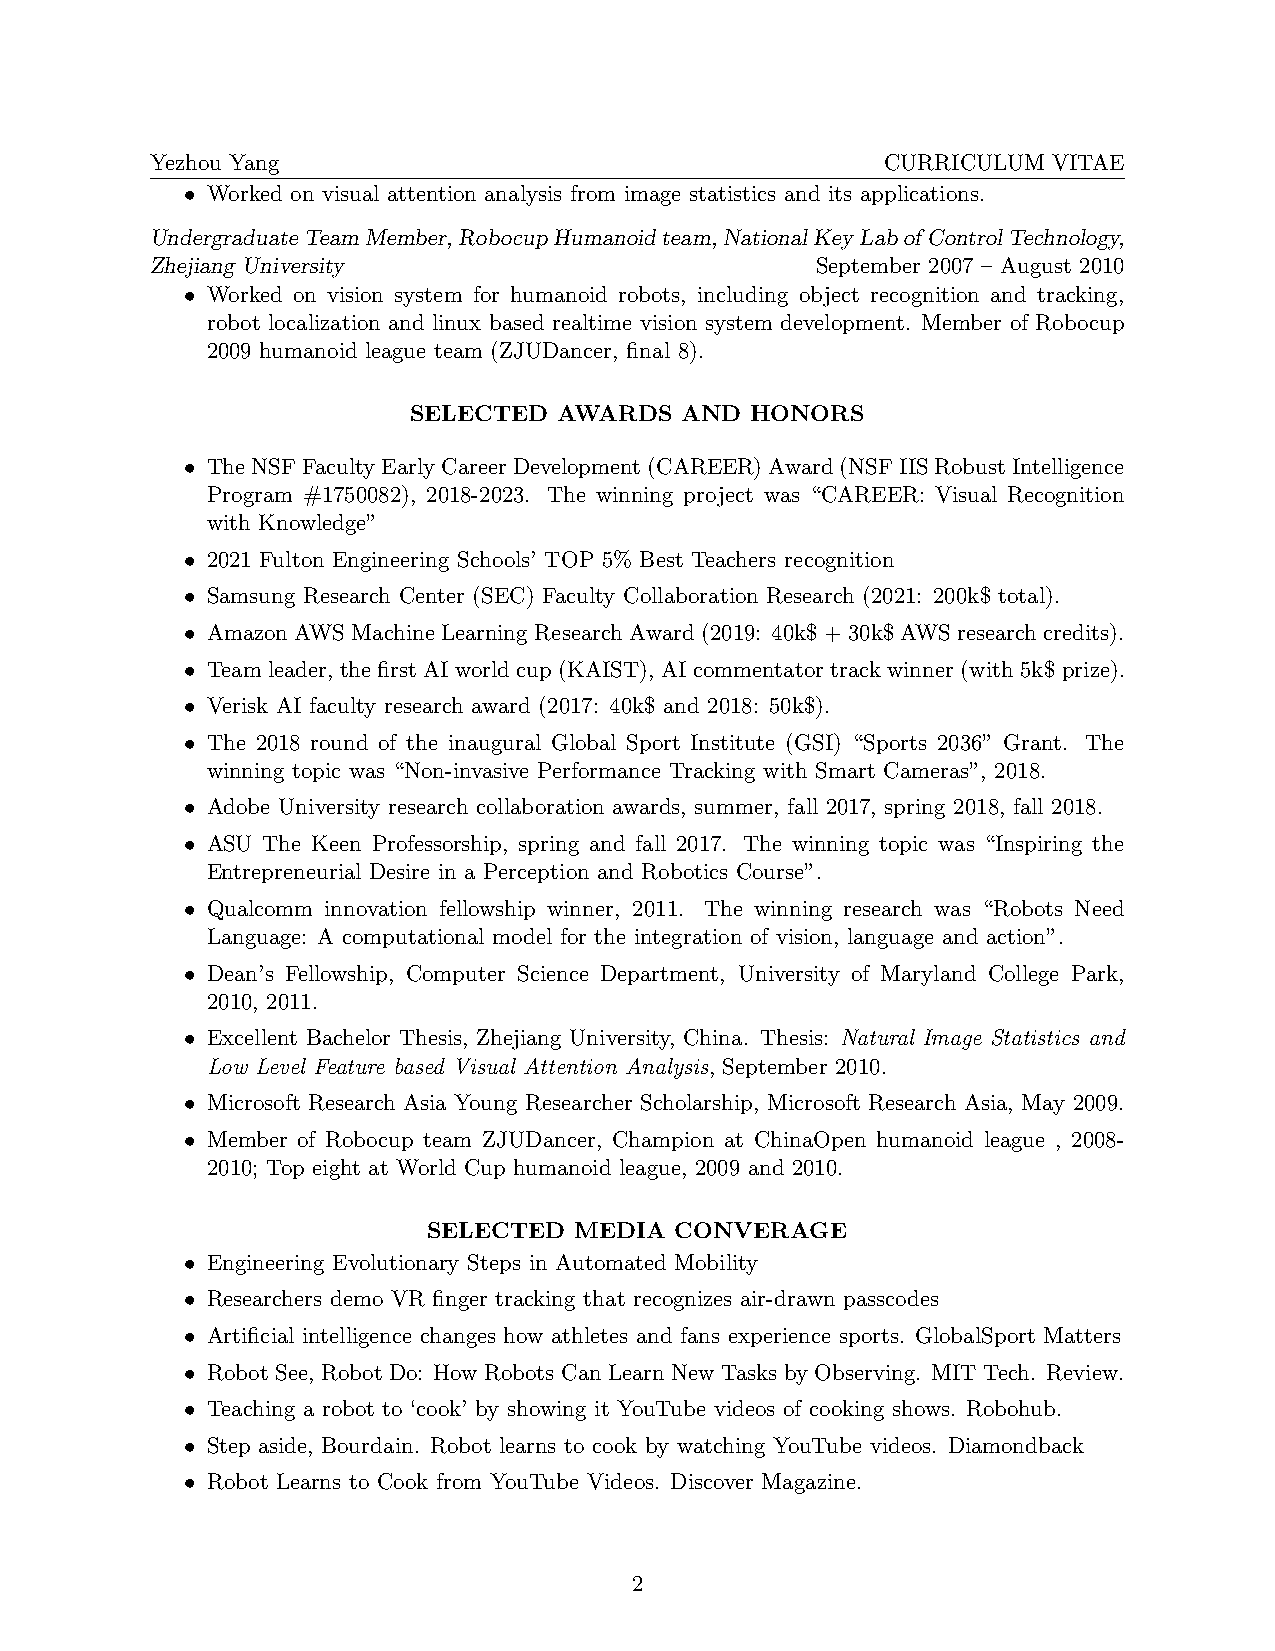
Yezhou Yang                                      CURRICULUM VITAE
 • Worked on visual attention analysis from image statistics and its applications.
 UndergraduateTeamMember,RobocupHumanoidteam,NationalKeyLabofControlTechnology,
 Zhejiang University                         September 2007 – August 2010
 • Worked on vision system for humanoid robots, including object recognition and tracking,
 robot localization and linux based realtime vision system development. Member of Robocup
 2009 humanoid league team (ZJUDancer, final 8).
 SELECTED  AWARDS  AND  HONORS
 • TheNSFFacultyEarlyCareerDevelopment(CAREER)Award(NSFIISRobustIntelligence
 Program #1750082), 2018-2023. The winning project was “CAREER: Visual Recognition
 with Knowledge”
 • 2021 Fulton Engineering Schools’ TOP 5% Best Teachers recognition
 • Samsung Research Center (SEC) Faculty Collaboration Research (2021: 200k$ total).
 • Amazon AWS Machine Learning Research Award (2019: 40k$ + 30k$ AWS research credits).
 • Team leader, the first AI world cup (KAIST), AI commentator track winner (with 5k$ prize).
 • Verisk AI faculty research award (2017: 40k$ and 2018: 50k$).
 • The 2018 round of the inaugural Global Sport Institute (GSI) “Sports 2036” Grant. The
 winning topic was “Non-invasive Performance Tracking with Smart Cameras”, 2018.
 • Adobe University research collaboration awards, summer, fall 2017, spring 2018, fall 2018.
 • ASU The Keen Professorship, spring and fall 2017. The winning topic was “Inspiring the
 Entrepreneurial Desire in a Perception and Robotics Course”.
 • Qualcomm innovation fellowship winner, 2011. The winning research was “Robots Need
 Language: A computational model for the integration of vision, language and action”.
 • Dean’s Fellowship, Computer Science Department, University of Maryland College Park,
 2010, 2011.
 • Excellent Bachelor Thesis, Zhejiang University, China. Thesis: Natural Image Statistics and
 Low Level Feature based Visual Attention Analysis, September 2010.
 • Microsoft Research Asia Young Researcher Scholarship, Microsoft Research Asia, May 2009.
 • Member of Robocup team ZJUDancer, Champion at ChinaOpen humanoid league , 2008-
 2010; Top eight at World Cup humanoid league, 2009 and 2010.
 SELECTED  MEDIA  CONVERAGE
 • Engineering Evolutionary Steps in Automated Mobility
 • Researchers demo VR finger tracking that recognizes air-drawn passcodes
 • Artificial intelligence changes how athletes and fans experience sports. GlobalSport Matters
 • Robot See, Robot Do: How Robots Can Learn New Tasks by Observing. MIT Tech. Review.
 • Teaching a robot to ‘cook’ by showing it YouTube videos of cooking shows. Robohub.
 • Step aside, Bourdain. Robot learns to cook by watching YouTube videos. Diamondback
 • Robot Learns to Cook from YouTube Videos. Discover Magazine.
 2